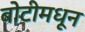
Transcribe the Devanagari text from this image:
बोटीमधून